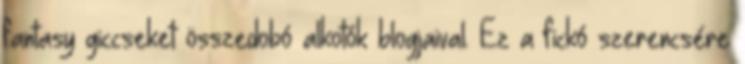
fantasy giccseket összedobó alkotók blogjaival. Ez a fickó szerencsére